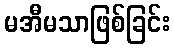
မအီမသာဖြစ်ခြင်း